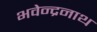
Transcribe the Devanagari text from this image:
भवेन्द्रनाथ